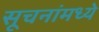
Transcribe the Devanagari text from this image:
सूचनांमध्ये